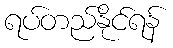
ရပ်တည်နိုင်ရန်